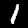
Label: 1